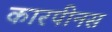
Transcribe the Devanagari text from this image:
कारपीनस